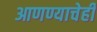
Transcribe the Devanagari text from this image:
आणण्याचेही